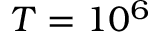
T = 1 0 ^ { 6 }